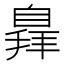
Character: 𦤛